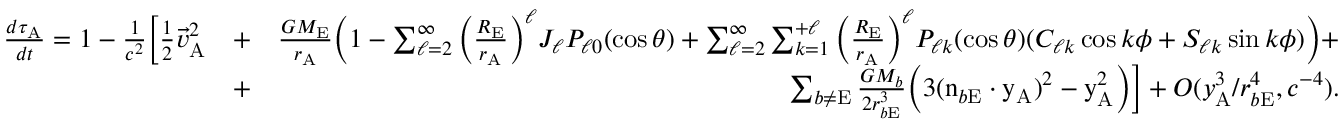
\begin{array} { r l r } { \frac { d \tau _ { \mathrm { A } } } { d t } = 1 - \frac { 1 } { c ^ { 2 } } \Big [ { \textstyle \frac { 1 } { 2 } } { \vec { v } } _ { \mathrm { A } } ^ { 2 } } & { + } & { \frac { G M _ { \mathrm { E } } } { r _ { \mathrm { A } } } \Big ( 1 - \sum _ { \ell = 2 } ^ { \infty } \Big ( \frac { R _ { \mathrm { E } } } { r _ { \mathrm { A } } } \Big ) ^ { \ell } J _ { \ell } P _ { \ell 0 } ( \cos \theta ) + \sum _ { \ell = 2 } ^ { \infty } \sum _ { k = 1 } ^ { + \ell } \Big ( \frac { R _ { \mathrm { E } } } { r _ { \mathrm { A } } } \Big ) ^ { \ell } P _ { \ell k } ( \cos \theta ) ( C _ { \ell k } \cos k \phi + S _ { \ell k } \sin k \phi ) \Big ) + } \\ & { + } & { \sum _ { b \not = \mathrm { E } } \frac { G M _ { b } } { 2 r _ { b \mathrm { E } } ^ { 3 } } \Big ( 3 ( \boldsymbol { \mathrm { n } } _ { b \mathrm { E } } \cdot \boldsymbol { \mathrm { y } } _ { \mathrm { A } } ) ^ { 2 } - \boldsymbol { \mathrm { y } } _ { \mathrm { A } } ^ { 2 } \Big ) \Big ] + { \cal O } ( { y _ { \mathrm { A } } ^ { 3 } / r _ { b \mathrm { E } } ^ { 4 } , c ^ { - 4 } } ) . } \end{array}